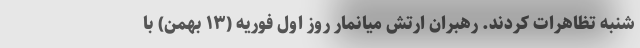
شنبه تظاهرات کردند. رهبران ارتش میانمار روز اول فوریه (۱۳ بهمن) با